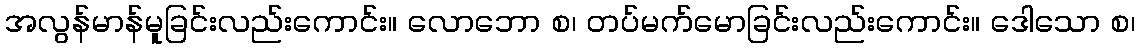
အလွန်မာန်မူခြင်းလည်းကောင်း။ လောဘော စ၊ တပ်မက်မောခြင်းလည်းကောင်း။ ဒေါသော စ၊